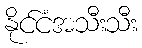
နိုင်ငံအသီးသီး